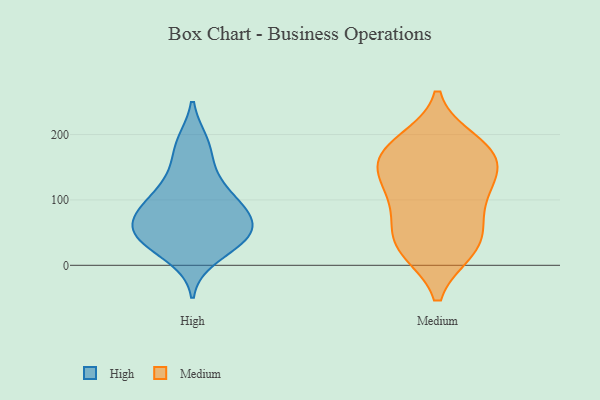
{"axis": {"x": "Page Views", "y": "Value"}, "legend": ["High", "Medium"], "data": [{"x": "", "y": 183, "type": "High"}, {"x": "", "y": 52, "type": "High"}, {"x": "", "y": 40, "type": "High"}, {"x": "", "y": 187, "type": "High"}, {"x": "", "y": 97, "type": "High"}, {"x": "", "y": 68, "type": "High"}, {"x": "", "y": 142, "type": "High"}, {"x": "", "y": 42, "type": "High"}, {"x": "", "y": 13, "type": "High"}, {"x": "", "y": 84, "type": "High"}, {"x": "", "y": 78, "type": "High"}, {"x": "", "y": 101, "type": "High"}, {"x": "", "y": 123, "type": "High"}, {"x": "", "y": 34, "type": "High"}, {"x": "", "y": 43, "type": "High"}, {"x": "", "y": 66, "type": "High"}, {"x": "", "y": 161, "type": "Medium"}, {"x": "", "y": 26, "type": "Medium"}, {"x": "", "y": 170, "type": "Medium"}, {"x": "", "y": 29, "type": "Medium"}, {"x": "", "y": 177, "type": "Medium"}, {"x": "", "y": 188, "type": "Medium"}, {"x": "", "y": 24, "type": "Medium"}, {"x": "", "y": 119, "type": "Medium"}, {"x": "", "y": 163, "type": "Medium"}, {"x": "", "y": 113, "type": "Medium"}, {"x": "", "y": 75, "type": "Medium"}, {"x": "", "y": 125, "type": "Medium"}, {"x": "", "y": 56, "type": "Medium"}]}